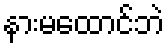
နားမထောင်ဘဲ